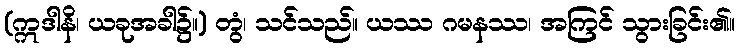
(ဣဒါနိ၊ ယခုအခါ၌။) တွံ၊ သင်သည်။ ယဿ ဂမနဿ၊ အကြင် သွားခြင်း၏။